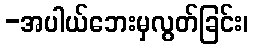
-အပါယ်ဘေးမှလွတ်ခြင်း၊